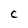
Character: C